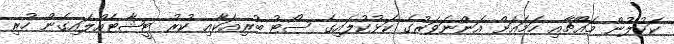
ކަކުލުން މައްޗާއި ހަމައަށް އަންނަވަރުގެ ކަޅުކުލައިގެ ސޯޓު ބުރިއަކާއި ކުރު ޓީޝާޓެއްލައިގެން ހުރި